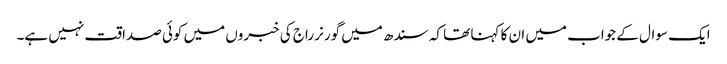
ایک سوال کے جواب میں ان کا کہنا تھا کہ سندھ میں گورنر راج کی خبروں میں کوئی صداقت نہیں ہے۔